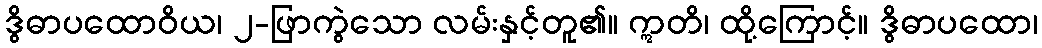
ဒွိဓာပထောဝိယ၊ ၂-ဖြာကွဲသော လမ်းနှင့်တူ၏။ ဣတိ၊ ထို့ကြောင့်။ ဒွိဓာပထော၊